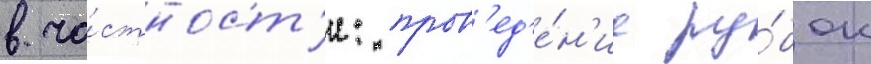
в ча́стност'и: пров'ед'е́н'ие ру́бок